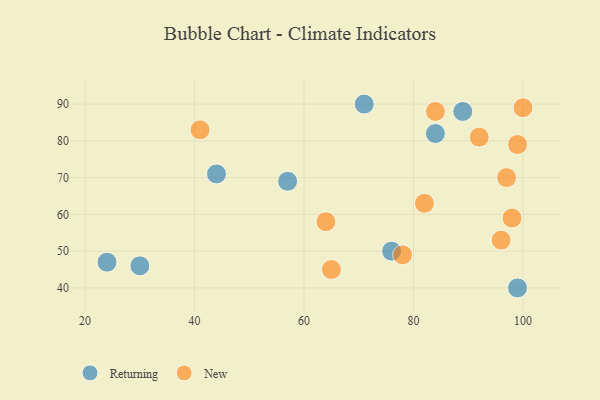
{"axis": {"x": "GDP", "y": "Life Expectancy"}, "legend": ["New", "Returning"], "data": [{"x": "24", "y": 47, "type": "Returning"}, {"x": "30", "y": 46, "type": "Returning"}, {"x": "44", "y": 71, "type": "Returning"}, {"x": "84", "y": 82, "type": "Returning"}, {"x": "71", "y": 90, "type": "Returning"}, {"x": "57", "y": 69, "type": "Returning"}, {"x": "76", "y": 50, "type": "Returning"}, {"x": "99", "y": 40, "type": "Returning"}, {"x": "89", "y": 88, "type": "Returning"}, {"x": "98", "y": 59, "type": "New"}, {"x": "97", "y": 70, "type": "New"}, {"x": "99", "y": 79, "type": "New"}, {"x": "100", "y": 89, "type": "New"}, {"x": "65", "y": 45, "type": "New"}, {"x": "96", "y": 53, "type": "New"}, {"x": "82", "y": 63, "type": "New"}, {"x": "64", "y": 58, "type": "New"}, {"x": "78", "y": 49, "type": "New"}, {"x": "92", "y": 81, "type": "New"}, {"x": "41", "y": 83, "type": "New"}, {"x": "84", "y": 88, "type": "New"}]}